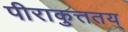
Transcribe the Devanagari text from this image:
पीराकुत्ततय्